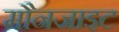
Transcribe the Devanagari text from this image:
मौनजाइट